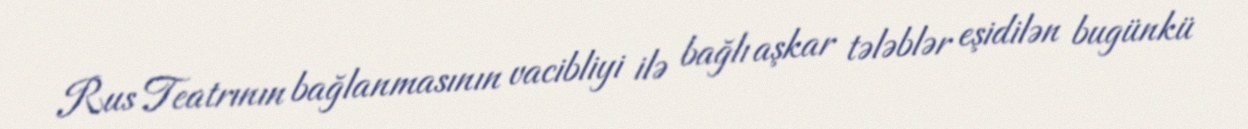
Rus Teatrının bağlanmasının vacibliyi ilə bağlı aşkar tələblər eşidilən bugünkü